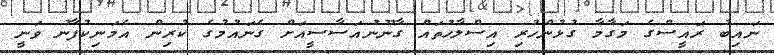
ނައިބު ރައީސްގެ މަގާމާ ގުޅުންހުރި އިސްލާހުތައް ގާނޫނުއަސާސީއަށް ގެނައުމުގެ ކުރިން އެމަނިކުފާނު ވަނީ